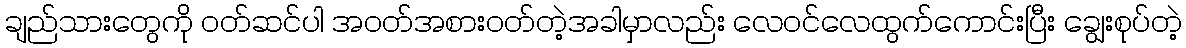
ချည်သားတွေကို ဝတ်ဆင်ပါ အဝတ်အစားဝတ်တဲ့အခါမှာလည်း လေဝင်လေထွက်ကောင်းပြီး ချွေးစုပ်တဲ့